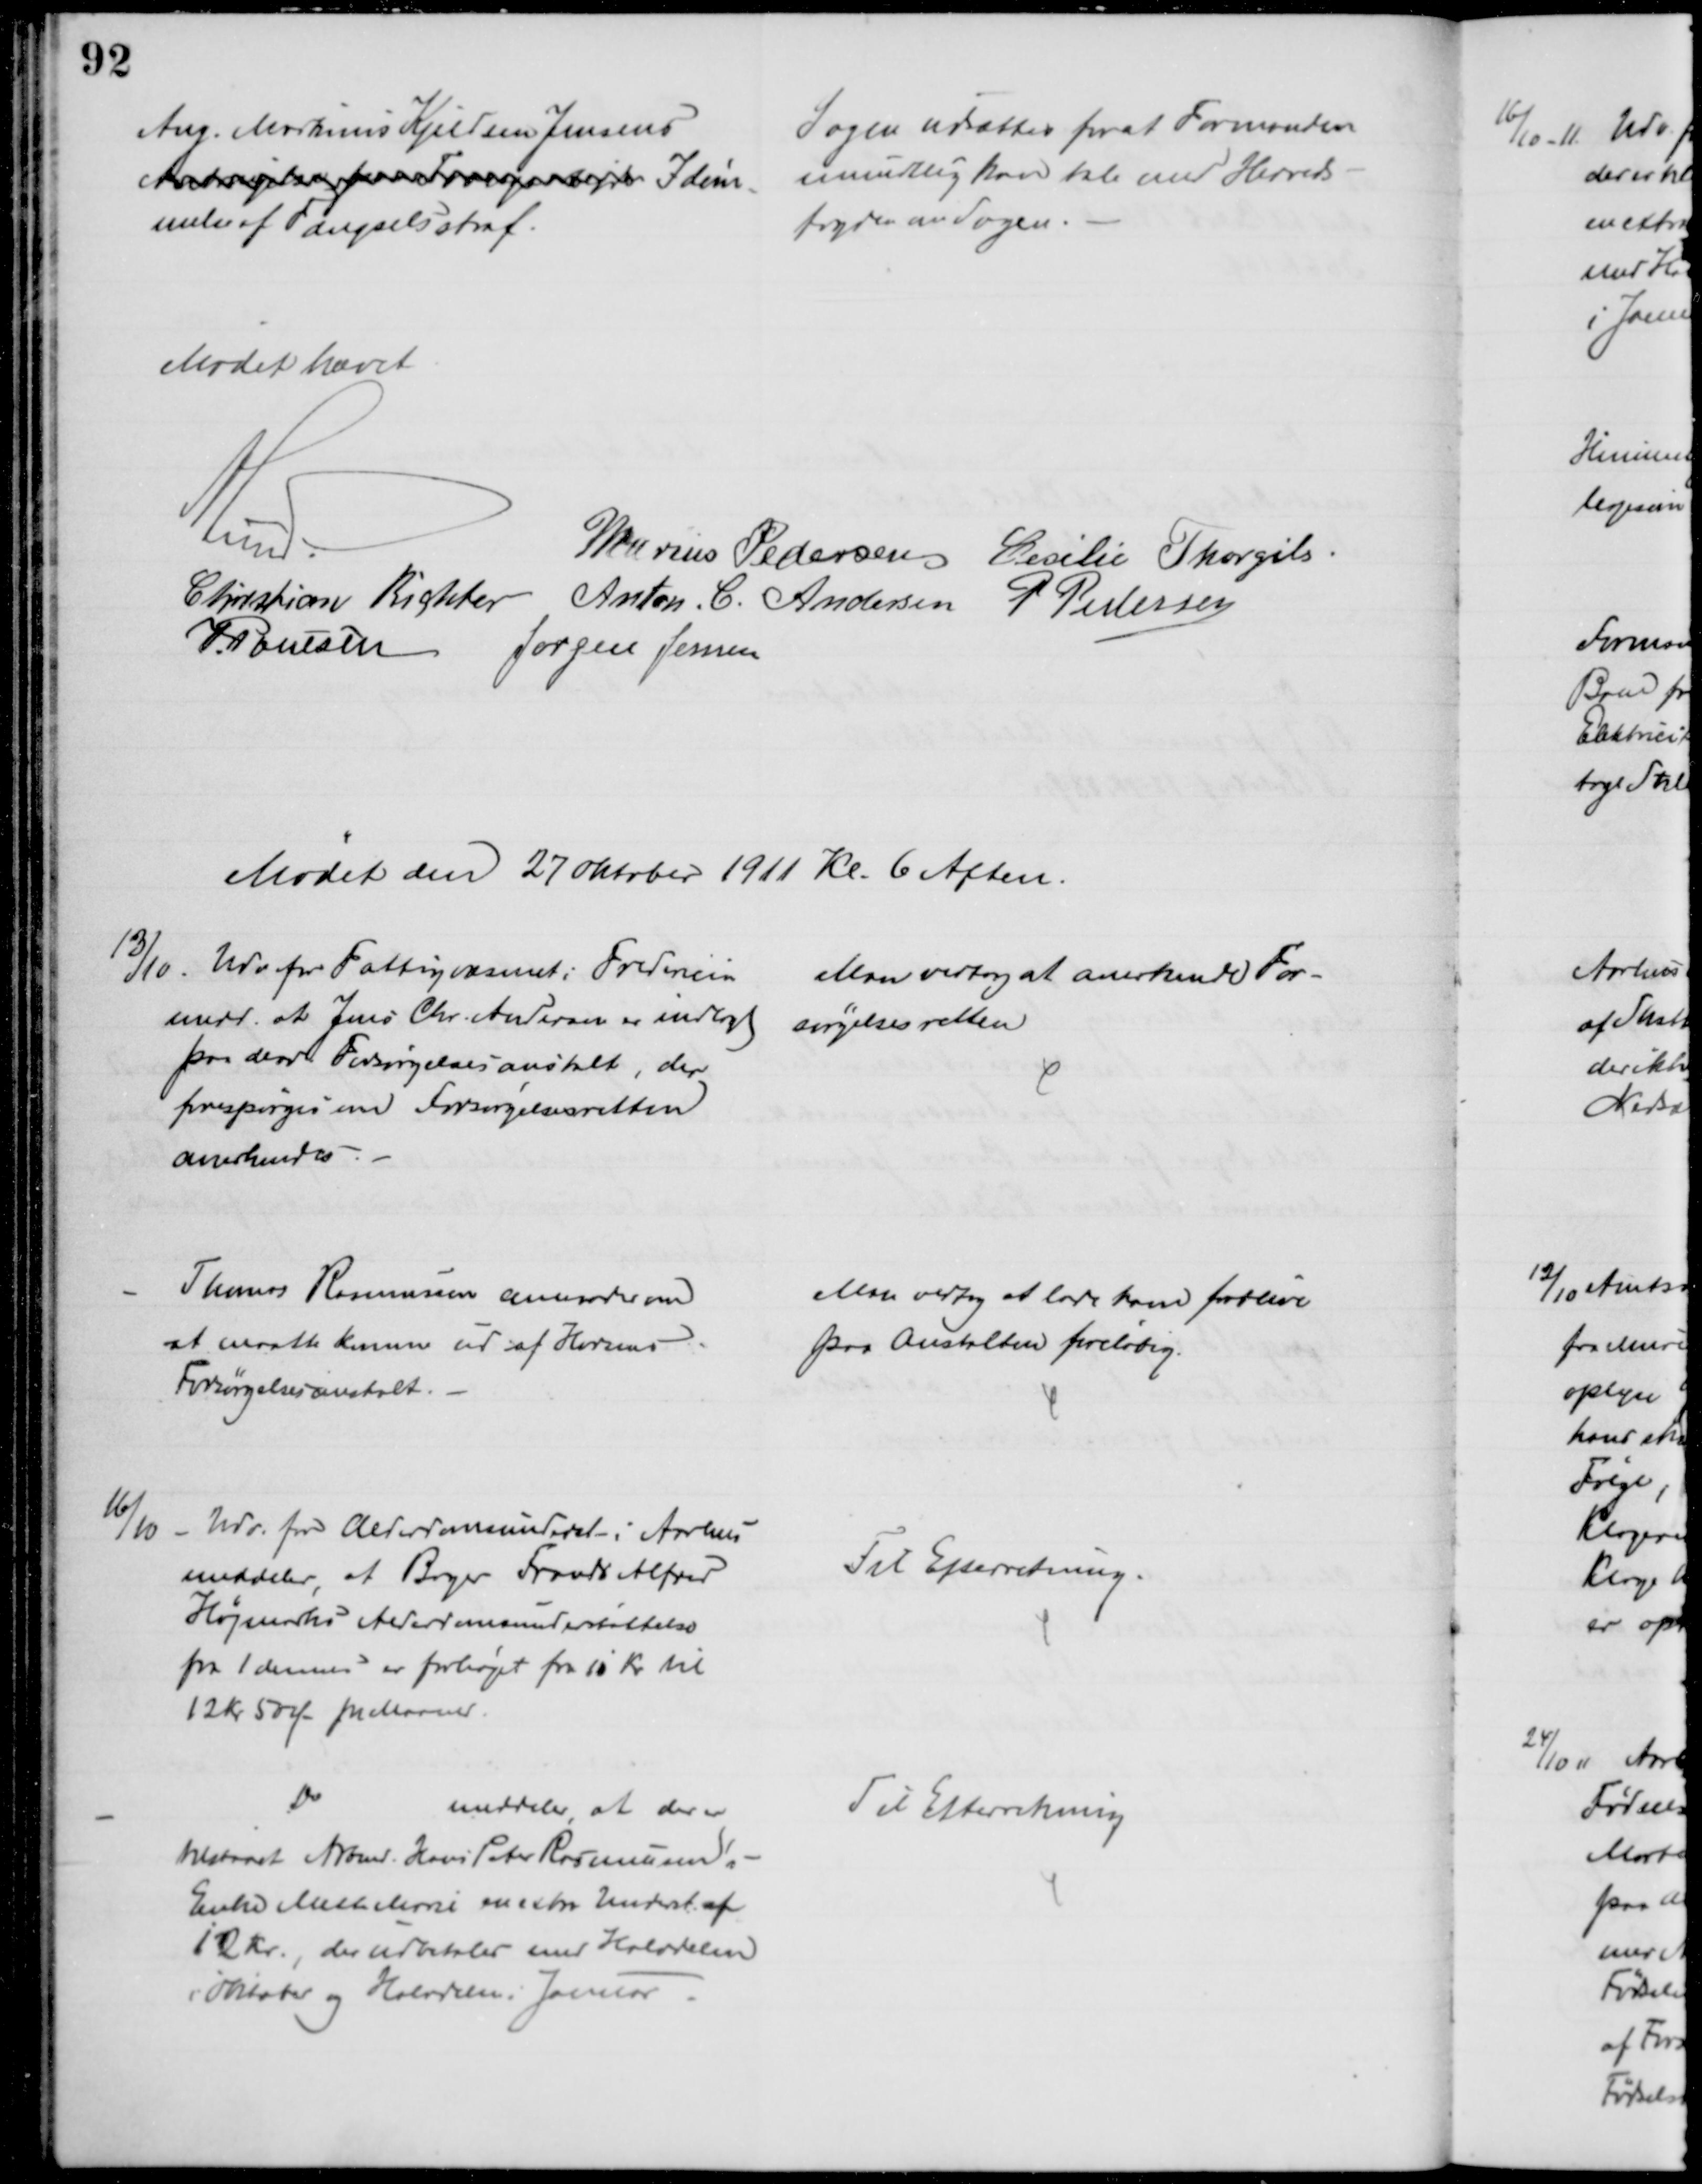
Transskription:
Ang. Martinus Kjeldsen Jensens
Anbringelse paa Forsørgelsesan Idøm-
melse af Fængselsstraf.
Sagen udsattes for at Formanden
mundtlig kan tale med Herreds-
fogden om Sagen.
Mødet hævet
A. Lund.
Marius Pedersen Cecilie Thorgils.
Christian Richter Anton. C. Andersen
P Pedersen
J Poulsen Jørgen Jensen
Mødet den 27 Oktober 1911 Kl. 6 Aften.
13/10.
Udv for Fattigvæsenet i Fredericia
medd. at Jens Chr. Andersen er indlagt 
paa derv. Forsørgelsesanstalt, der
forespørges om Forsørgelsesretten
anerkendes.
Man vedtog at anerkende For-
sørgelsesretten
Thomas Rasmussen anmoder om
at maatte komme ud af Horsens
Forsørgelsesanstalt.
Man vedtog at lade kom forblive
paa Anstalten foreløbig.
16/10
Udv. for Alderdomsunderst i Aarhus
meddeler, at Bager Frands Alfred
Højmarks Alderdomsunderstøttelse
fra 1 dennes er forhøjet fra 10 Kr til
12 Kr 50 Ø pr Maaned
Til Efterretning.
Do
meddeler at der er
tilstaaet Arbmd. Hans Peter Rasmussens
Enke Mette Marie en extra Underst af
12 Kr., der udbetales med Halvdelen
i Oktober og Halvdelen i Januar
Til Efterretning